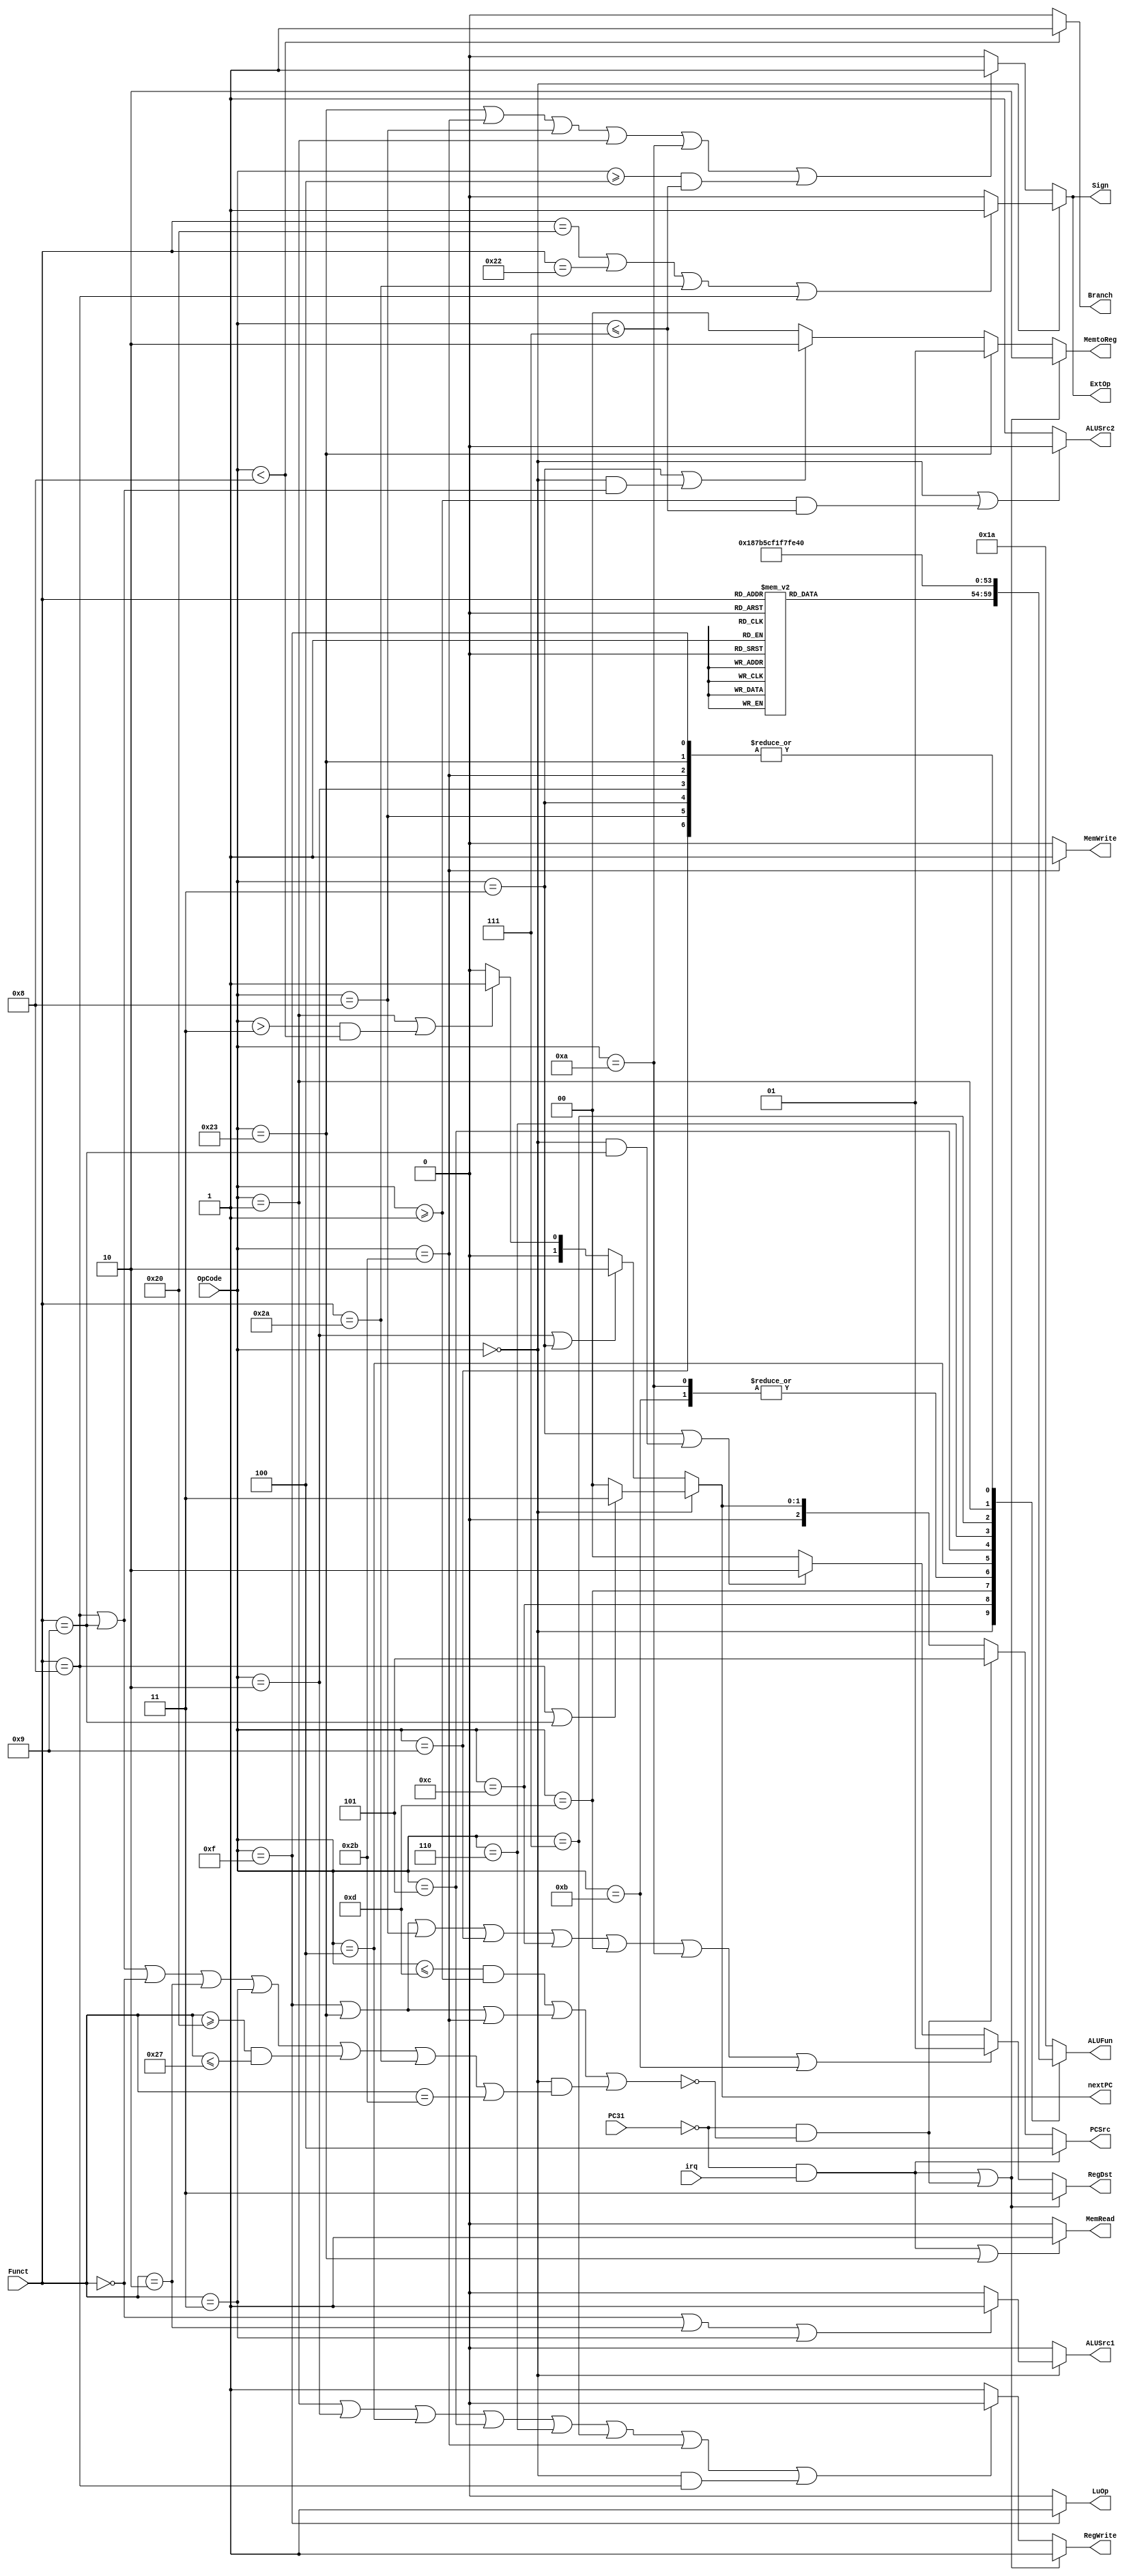
module Control (
    input irq, PC31,
    input [5:0] OpCode, Funct,
    output [2:0] PCSrc,  
    output [1:0] RegDst, MemtoReg, nextPC,
    output RegWrite, ALUSrc1, ALUSrc2, Branch,
        MemWrite, MemRead, ExtOp, LuOp, Sign,
    //output [3:0] ALUOp, 
    output reg [5:0] ALUFun
);
    wire EXC; // no operation exception
    reg [5:0] f;

    parameter ALUadd = 6'b000_000;
    parameter ALUsub = 6'b000_001;
    parameter ALUand = 6'b011_000;
    parameter ALUor  = 6'b011_110;
    parameter ALUxor = 6'b010_110;
    parameter ALUnor = 6'b010_001;
    parameter ALUnop = 6'b011_010;
    parameter ALUsll = 6'b100_000;
    parameter ALUsrl = 6'b100_001;
    parameter ALUsra = 6'b100_011;
    parameter ALUeq  = 6'b110_011;
    parameter ALUneq = 6'b110_001;
    parameter ALUlt  = 6'b110_101;
    parameter ALUlez = 6'b111_101;
    parameter ALUgez = 6'b111_001;
    parameter ALUgtz = 6'b111_111;

    assign EXC = ~( ( OpCode <= 6'hd && OpCode >= 6'h1 ) || (OpCode == 6'hf || OpCode == 6'h23 || OpCode == 6'h2b) || 
    ( OpCode == 6'h0 && (Funct == 6'h8 || Funct == 6'h9 || Funct == 6'h0 || Funct == 6'h2 || Funct == 6'h3 || (Funct >= 6'h20 && Funct <= 6'h27) || Funct == 6'h2a || Funct == 6'h2b ) ) );

    assign PCSrc = (~PC31&irq) ? 3'h4 :     // Interrupt
        (~PC31&EXC) ? 3'h5 : // Exception
        (OpCode == 6'h00) ? ( (Funct == 6'h08)|(Funct == 6'h09) ? 3'h3 : 3'h0 ) : // R: jr jalr 3
        (OpCode == 6'h02 || OpCode == 6'h03) ? 3'h2 : // J
        (OpCode == 6'h01 || (OpCode > 6'h03 && OpCode < 6'h08)) ? 3'h1 : // branch
        3'h0 ; // I
    assign nextPC = (OpCode == 6'h00) ? ( (Funct == 6'h08)|(Funct == 6'h09) ? 2'h3 : 2'h0 ) : // R: jr jalr 3
        (OpCode == 6'h02 || OpCode == 6'h03) ? 2'h2 : // J
        (OpCode == 6'h01 || (OpCode > 6'h03 && OpCode < 6'h08)) ? 2'h1 : // branch
        2'h0 ; 
    assign Branch = (OpCode < 6'h08) ? 1'b1 : 1'b0;
    assign RegWrite = (~PC31&irq)|(~PC31&EXC) ? 1'b1 : 
        (OpCode == 6'h01 || OpCode == 6'h02 || OpCode == 6'h04 || OpCode == 6'h05 || OpCode == 6'h06 || OpCode == 6'h07 || OpCode == 6'h2b || (OpCode==6'h00 && Funct==6'h08)) ? 1'b0 : 1'b1;
    assign RegDst = (~PC31&irq)|(~PC31&EXC) ? 2'h3 : 
        (OpCode == 6'h23 || OpCode == 6'hf || OpCode == 6'h8 || OpCode == 6'h9 || OpCode == 6'hc || OpCode == 6'hd || OpCode == 6'ha || OpCode == 6'hb) ? 2'h1 : 
        (OpCode == 6'h03 || (OpCode == 6'h0 && Funct == 6'h9) ) ? 2'h2 : 
        2'h0 ;
    assign MemRead = (~PC31&irq)|(OpCode == 6'h23) ? 1'b1 : 1'b0;
    assign MemWrite = (OpCode == 6'h2b) ? 1'b1 : 1'b0;
    assign MemtoReg = (~PC31&irq)|(~PC31&EXC) ? 2'h2 :
        (OpCode == 6'h23) ? 2'h1 : 
        ( OpCode == 6'h03 || (OpCode==6'h00 && (Funct == 6'h08 || Funct == 6'h09)) ) ? 2'h2 : 
        2'h0 ;
    assign ALUSrc1 = (OpCode == 6'h00) ? ( (Funct == 6'h0 || Funct == 6'h2 || Funct == 6'h3) ? 1'b1 : 1'b0 ) : 1'b0;
    assign ALUSrc2 = (OpCode == 6'h00 || (OpCode >= 6'h1 && OpCode <= 6'h7) ) ? 1'b0 : 1'b1;
    assign ExtOp = (OpCode == 6'h0) ? ( (Funct == 6'h20 || Funct == 6'h22 || Funct == 6'h2a || Funct == 6'h8) ? 1'b1 : 1'b0 ) : 
            ( (OpCode == 6'h23 || OpCode == 6'h2b || OpCode == 6'h8 || OpCode == 6'h1 || OpCode == 6'ha || (OpCode >= 6'h4 && OpCode <= 6'h7) ) ? 1'b1 : 1'b0 );
    assign LuOp = (OpCode == 6'h0f) ? 1'b1 : 1'b0;
    assign Sign = ExtOp;


    always @ (*)
        case (Funct)
            6'd32: f = ALUadd;
            6'd33: f = ALUadd;
            6'd34: f = ALUsub;
            6'd35: f = ALUsub;
            6'd36: f = ALUand;
            6'd37: f = ALUor;
            6'd38: f = ALUxor;
            6'd39: f = ALUnor;
            6'd0 : f = ALUsll;
            6'd2 : f = ALUsrl;
            6'd3 : f = ALUsra;
            6'd42: f = ALUlt;
            6'd43: f = ALUlt;
            6'd8 : f = ALUadd;
            6'd9 : f = ALUadd;
            default : f = ALUnop;
        endcase

    always @ (*)
        case (OpCode)
            6'h00: ALUFun = f;
            6'h23: ALUFun = ALUadd;
            6'h2b: ALUFun = ALUadd;
            6'h0f: ALUFun = ALUadd;
            6'h08: ALUFun = ALUadd;
            6'h09: ALUFun = ALUadd;
            6'h0c: ALUFun = ALUand;
            6'h0d: ALUFun = ALUor;
            6'h0a: ALUFun = ALUlt;
            6'h0b: ALUFun = ALUlt;
            6'h04: ALUFun = ALUeq;
            6'h05: ALUFun = ALUneq;
            6'h06: ALUFun = ALUlez;
            6'h07: ALUFun = ALUgtz;
            6'h01: ALUFun = ALUgez;
            6'h02: ALUFun = ALUadd;
            6'h03: ALUFun = ALUadd;
            default : ALUFun = ALUnop; // through
        endcase

    // assign ALUOp[3] = OpCode[0];
    // assign ALUOp[2:0] = 
    //     // R-Type
    //     (OpCode == 6'b0) ? 3'b010 : 
    //     // beq bne blez bgtz bgez
    //     (OpCode == 6'h4||OpCode == 6'h5||OpCode == 6'h6||
    //         OpCode == 6'h7||OpCode == 6'h1) ? 3'b001: 
    //     // andi
    //     (OpCode == 6'hc) ? 3'b100: 
    //     // slti sltiu
    //     (OpCode == 6'ha||OpCode == 6'hb) ? 3'b101: 
    //     3'b000;
endmodule